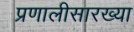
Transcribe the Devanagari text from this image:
प्रणालीसारख्या